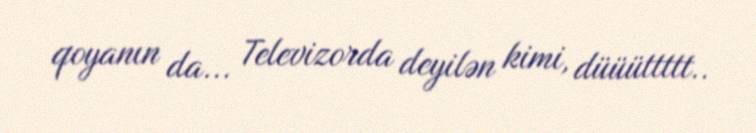
qoyanın da... Televizorda deyilən kimi, düüüttttt..